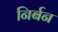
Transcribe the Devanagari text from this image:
निर्बन